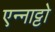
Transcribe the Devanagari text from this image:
एन्नाट्टो